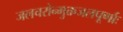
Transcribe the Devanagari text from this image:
जलचरोन्मुक्तजलपूर्णाः